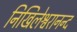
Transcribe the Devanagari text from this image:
निखिलेश्वरानन्द